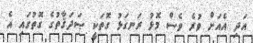
އަދި އެއަށް ވުރެ ވެސް މޮޅު ރަނގަޅު ގޮތަކީ ޞަދަޤާތުގެ ގޮތުގައި އެ